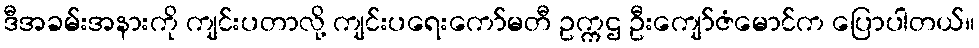
ဒီအခမ်းအနားကို ကျင်းပတာလို့ ကျင်းပရေးကော်မတီ ဥက္ကဌ ဦးကျော်ဇံမောင်က ပြောပါတယ်။